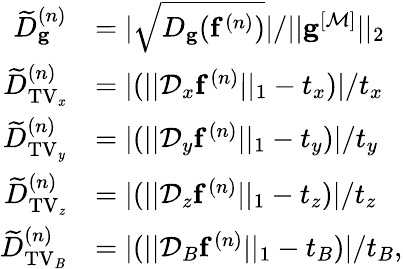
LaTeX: \begin{array}{rl}{\widetilde{D}_{\mathbf{g}}^{(n)}}&{=|\sqrt{D_{\mathbf{g}}(\mathbf{f}^{(n)})}|/||\mathbf{g}^{[\mathcal{M}]}||_{2}}\\ {\widetilde{D}_{\mathrm{TV_{\mathit x}}}^{(n)}}&{=|(||\mathcal{D}_{x}\mathbf{f}^{(n)}||_{1}-t_{x})|/t_{x}}\\ {\widetilde{D}_{\mathrm{TV_{\mathit y}}}^{(n)}}&{=|(||\mathcal{D}_{y}\mathbf{f}^{(n)}||_{1}-t_{y})|/t_{y}}\\ {\widetilde{D}_{\mathrm{TV_{\mathit z}}}^{(n)}}&{=|(||\mathcal{D}_{z}\mathbf{f}^{(n)}||_{1}-t_{z})|/t_{z}}\\ {\widetilde{D}_{\mathrm{TV_{\mathit B}}}^{(n)}}&{=|(||\mathcal{D}_{B}\mathbf{f}^{(n)}||_{1}-t_{B})|/t_{B},}\end{array}